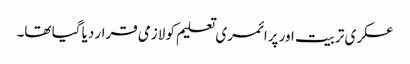
عسکری تربیت اور پرائمری تعلیم کو لازمی قرار دیا گیا تھا۔